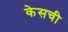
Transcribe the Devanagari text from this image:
केसची